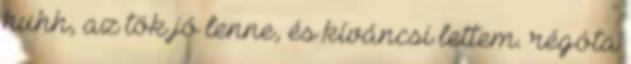
huhh, az tök jó lenne, és kíváncsi lettem. régóta